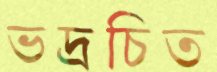
ভদ্রচিত